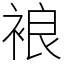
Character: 𧚅